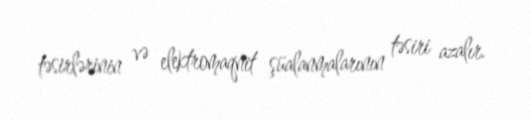
təsirlərinin və elektromaqnit şüalanmalarının təsiri azalır.